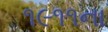
૧૯૧૧ના